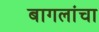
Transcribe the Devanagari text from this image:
बागलांचा